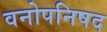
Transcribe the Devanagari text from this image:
वनोपनिषद